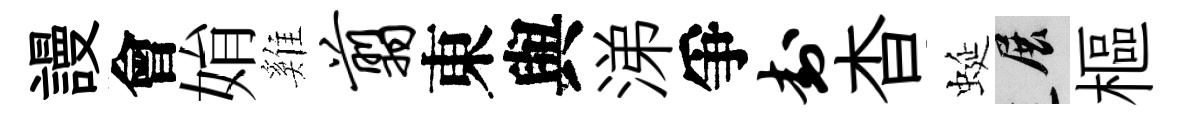
謾會姢雞翦東與涕爭封杳蜒展樞